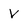
Character: V